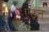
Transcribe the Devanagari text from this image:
एठ्त